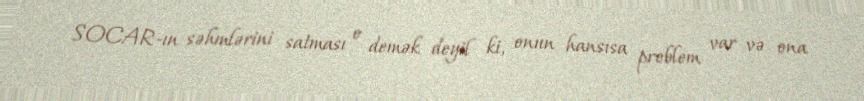
SOCAR-ın səhmlərini satması o demək deyil ki, onun hansısa problem var və ona